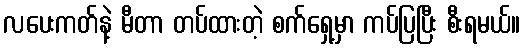
လပေးကတ်နဲ့ မီတာ တပ်ထားတဲ့ စက်ရှေ့မှာ ကပ်ပြပြီး စီးရမယ်။